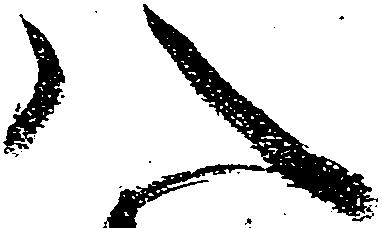
八